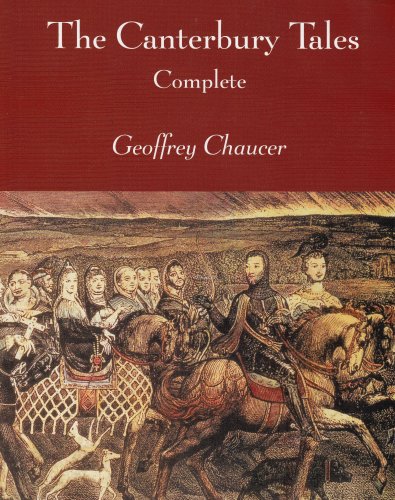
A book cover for The Canterbury Tales; Geoffrey Chaucer; Christian Books & Bibles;